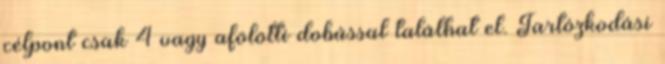
célpont csak 4 vagy afölötti dobással találhat el. Tartózkodási